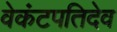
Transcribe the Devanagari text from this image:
वेकंटपतिदेव